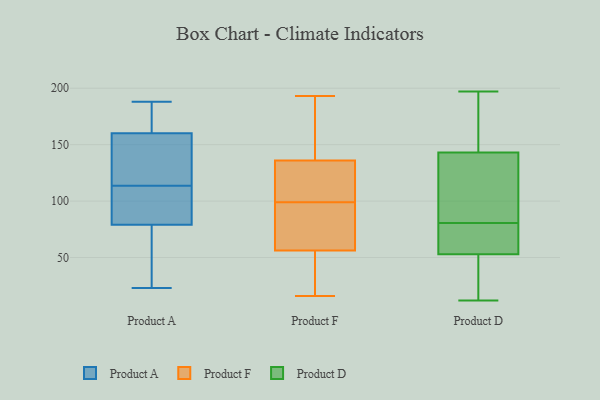
{"axis": {"x": "Churn Rate (%)", "y": "Value"}, "legend": ["Product A", "Product D", "Product F"], "data": [{"x": "", "y": 160, "type": "Product A"}, {"x": "", "y": 79, "type": "Product A"}, {"x": "", "y": 181, "type": "Product A"}, {"x": "", "y": 119, "type": "Product A"}, {"x": "", "y": 117, "type": "Product A"}, {"x": "", "y": 84, "type": "Product A"}, {"x": "", "y": 110, "type": "Product A"}, {"x": "", "y": 188, "type": "Product A"}, {"x": "", "y": 23, "type": "Product A"}, {"x": "", "y": 72, "type": "Product A"}, {"x": "", "y": 107, "type": "Product F"}, {"x": "", "y": 16, "type": "Product F"}, {"x": "", "y": 123, "type": "Product F"}, {"x": "", "y": 39, "type": "Product F"}, {"x": "", "y": 99, "type": "Product F"}, {"x": "", "y": 179, "type": "Product F"}, {"x": "", "y": 92, "type": "Product F"}, {"x": "", "y": 109, "type": "Product F"}, {"x": "", "y": 145, "type": "Product F"}, {"x": "", "y": 59, "type": "Product F"}, {"x": "", "y": 193, "type": "Product F"}, {"x": "", "y": 48, "type": "Product F"}, {"x": "", "y": 34, "type": "Product F"}, {"x": "", "y": 189, "type": "Product F"}, {"x": "", "y": 87, "type": "Product F"}, {"x": "", "y": 98, "type": "Product F"}, {"x": "", "y": 133, "type": "Product F"}, {"x": "", "y": 28, "type": "Product D"}, {"x": "", "y": 113, "type": "Product D"}, {"x": "", "y": 197, "type": "Product D"}, {"x": "", "y": 88, "type": "Product D"}, {"x": "", "y": 197, "type": "Product D"}, {"x": "", "y": 12, "type": "Product D"}, {"x": "", "y": 23, "type": "Product D"}, {"x": "", "y": 194, "type": "Product D"}, {"x": "", "y": 107, "type": "Product D"}, {"x": "", "y": 143, "type": "Product D"}, {"x": "", "y": 59, "type": "Product D"}, {"x": "", "y": 53, "type": "Product D"}, {"x": "", "y": 73, "type": "Product D"}, {"x": "", "y": 61, "type": "Product D"}]}